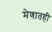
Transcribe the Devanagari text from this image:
मेणातही